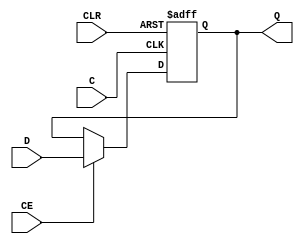
/***************************************************************************
 *                                                                         *
 *   FDCE.v - Emulates the functionality of the Xilinx primitive of the    *
 *     same name. This a really poor partial implementation so do not use  *
 *     as it is only designed to do some very basic things.                *
 *                                                                         *
 *   Copyright (C) 2005 by Patrick Suggate                                 *
 *   patrick@physics.otago.ac.nz                                           *
 *                                                                         *
 *   This program is free software; you can redistribute it and/or modify  *
 *   it under the terms of the GNU General Public License as published by  *
 *   the Free Software Foundation; either version 2 of the License, or     *
 *   (at your option) any later version.                                   *
 *                                                                         *
 *   This program is distributed in the hope that it will be useful,       *
 *   but WITHOUT ANY WARRANTY; without even the implied warranty of        *
 *   MERCHANTABILITY or FITNESS FOR A PARTICULAR PURPOSE.  See the         *
 *   GNU General Public License for more details.                          *
 *                                                                         *
 *   You should have received a copy of the GNU General Public License     *
 *   along with this program; if not, write to the                         *
 *   Free Software Foundation, Inc.,                                       *
 *   59 Temple Place - Suite 330, Boston, MA  02111-1307, USA.             *
 ***************************************************************************/

`timescale 1ns/100ps
module FDCE(
	C,	// Clock
	CE,	// Clock enable
	CLR,	// Asynchronous clear
	D,	// Data in
	Q	// Data out
);

input	C;
input	CE;
input	CLR;
input	D;
output	Q;

parameter	INIT	= 1'b0;
reg		Q	= INIT;

always @(posedge C or posedge CLR)
	if (CLR)
		Q	<= #1 1'b0;
	else if (CE)
		Q	<= #1 D;
	else
		Q	<= #1 Q;

endmodule	//	FDCE